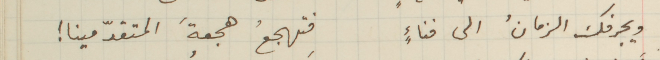
ويجرفك الزمانُ الى فناءٍ فتهجعُ هجعةَ المتقدّمينا!